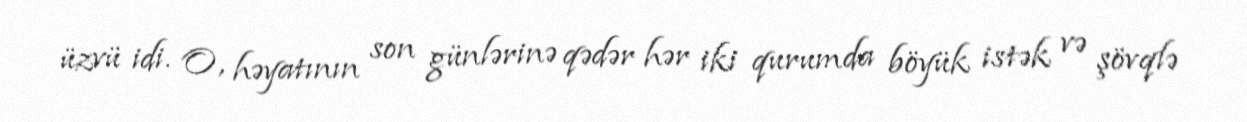
üzvü idi. O, həyatının son günlərinə qədər hər iki qurumda böyük istək və şövqlə